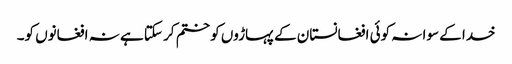
خدا کے سوا نہ کوئی افغانستان کے پہاڑوں کو ختم کر سکتا ہے نہ افغانوں کو۔